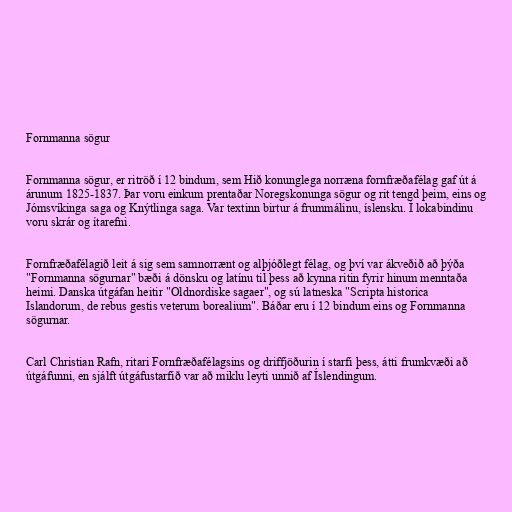
Fornmanna sögur

Fornmanna sögur, er ritröð í 12 bindum, sem Hið konunglega norræna fornfræðafélag gaf út á
árunum 1825-1837. Þar voru einkum prentaðar Noregskonunga sögur og rit tengd þeim, eins og
Jómsvíkinga saga og Knýtlinga saga. Var textinn birtur á frummálinu, íslensku. Í lokabindinu
voru skrár og ítarefni.

Fornfræðafélagið leit á sig sem samnorrænt og alþjóðlegt félag, og því var ákveðið að þýða
"Fornmanna sögurnar" bæði á dönsku og latínu til þess að kynna ritin fyrir hinum menntaða
heimi. Danska útgáfan heitir "Oldnordiske sagaer", og sú latneska "Scripta historica
Islandorum, de rebus gestis veterum borealium". Báðar eru í 12 bindum eins og Fornmanna
sögurnar.

Carl Christian Rafn, ritari Fornfræðafélagsins og driffjöðurin í starfi þess, átti frumkvæði að
útgáfunni, en sjálft útgáfustarfið var að miklu leyti unnið af Íslendingum.